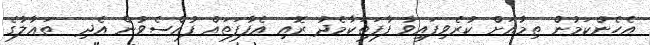
އެހެންކަމުން ތިމާއަށް ކުރެވިފައިވާ ފާފަތަކާމެދު ރޮއި އެފާފަތައް ފުއްސެވުން އެދި  ތަޢާލާގެ